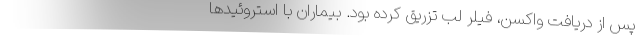
پس از دریافت واکسن، فیلر لب تزریق کرده بود. بیماران با استروئیدها